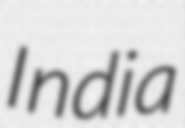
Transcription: India